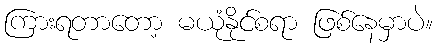
ကြားရတာတော့ မယုံနိုင်စရာ ဖြစ်နေမှာပဲ။